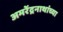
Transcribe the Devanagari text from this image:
अमरेंद्रनाथांच्या